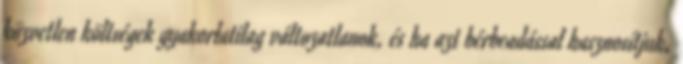
közvetlen költségek gyakorlatilag változatlanok, és ha azt bérbeadással hasznosítjuk,